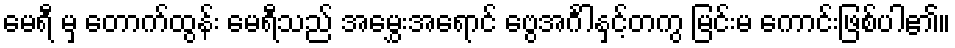
မေရီ မှ တောက်ထွန်း မေရီသည် အမွှေးအရောင် ဗွေအင်္ဂါနှင့်တကွ မြင်းမ ကောင်းဖြစ်ပါ၏။